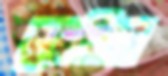
কৃষ্ণবিবর